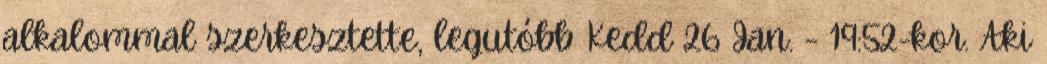
alkalommal szerkesztette, legutóbb Kedd 26 Jan. - 19:52-kor. Aki